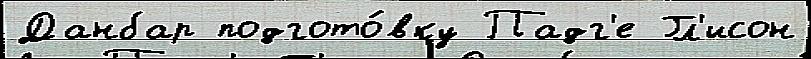
Данбар подгото́вку Падг'е Гл'исон